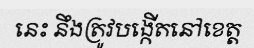
នេះ នឹងត្រូវបង្កើតនៅខេត្ត